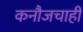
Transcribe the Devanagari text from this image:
कनौजचाही